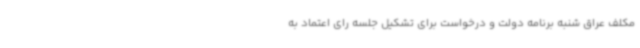
مکلف عراق شنبه برنامه دولت و درخواست برای تشکیل جلسه رای اعتماد به